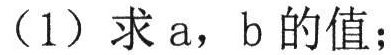
（1）求\(a\)，\(b\)的值；